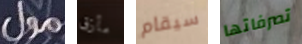
مول مأزق سيقام تصرفاتها